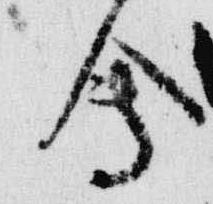
会